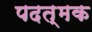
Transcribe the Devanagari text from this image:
पदत्मक